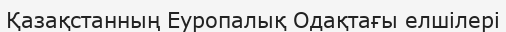
Қазақстанның Еуропалық Одақтағы елшілері